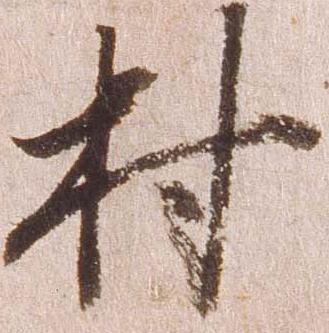
村